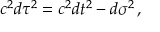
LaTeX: c ^ { 2 } d \tau ^ { 2 } = c ^ { 2 } d t ^ { 2 } - d \sigma ^ { 2 } \, ,